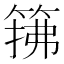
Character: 𫂅